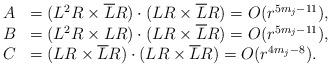
LaTeX: \begin{align*}\begin{array}{ll}A &= (L^{2}R \times \overline{L}R) \cdot (LR \times \overline{L}R) = O(r^{5m_{j} - 11}), \\B &= (L^{2}R \times LR) \cdot (LR \times \overline{L}R) = O(r^{5m_{j} - 11}), \\C &=(LR \times \overline{L}R) \cdot (LR \times \overline{L}R) = O(r^{4m_{j} - 8}).\end{array}\end{align*}